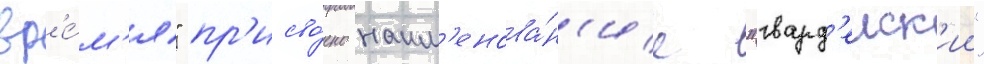
вр'е́м'я" пр'исво́ено наим'енова́н'ие "гвард'еиск'ии"